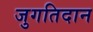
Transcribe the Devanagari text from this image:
जुगतिदान